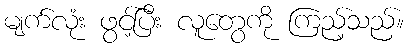
မျက်လုံး ဖွင့်ပြီး လူတွေကို ကြည့်သည်။